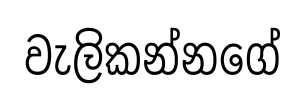
වැලිකන්නගේ